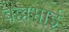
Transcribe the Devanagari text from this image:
बल्लभाई